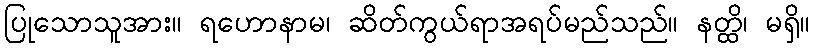
ပြုသောသူအား။ ရဟောနာမ၊ ဆိတ်ကွယ်ရာအရပ်မည်သည်။ နတ္ထိ၊ မရှိ။